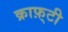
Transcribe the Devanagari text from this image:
क्राफ़्टी